Annual returns of the Patna Lunatic Asylum at Bankipore in Bihar and Orissa - 1912-1924
Year: 1912
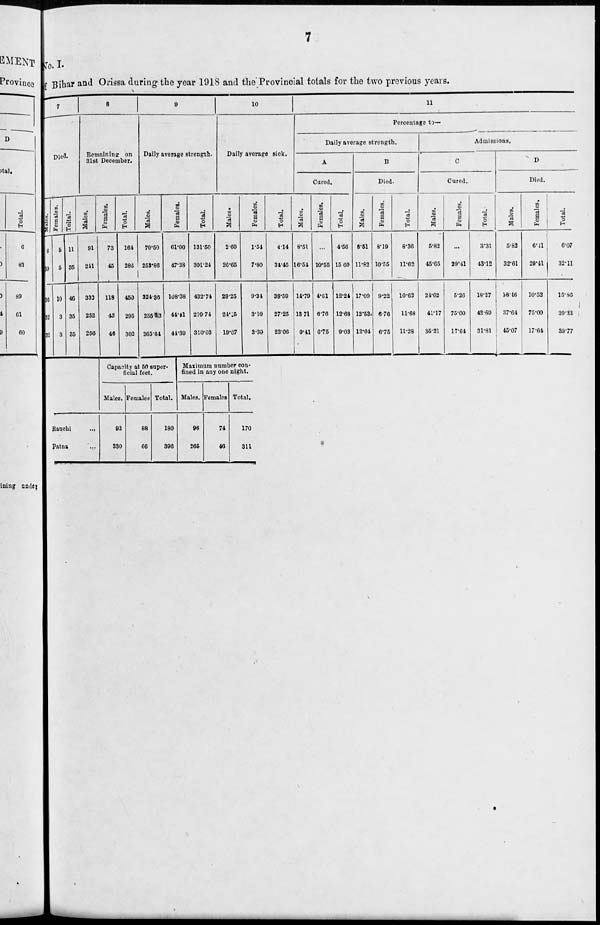
7
No. I.
of Bihar and Orissa during the year 1918 and the Provincial totals for the two previous years.
7
Died.
Males.
6
30
36
32
32
Females.
5
5
10
3
3
Total.
11
35
46
35
35
8
Remaining on
31st December.
Males.
91
241
332
252
256
Females.
73
45
118
43
46
Total.
164
286
450
295
302
9
Daily average strength.
Males.
70.50
253.86
324.86
255.33
265.64
Females.
61.00
47.38
108.38
44.41
44.39
Total.
131.50
301.24
432.74
299.74
310.03
10
Daily average sick.
Males.
2.60
26.65
29.25
24.15
19.07
Females.
1.54
7.80
9.34
3.10
3.39
Total.
4.14
34.45
38.59
27.25
23.06
11
Percentage to—
Daily average strength.
A
Cured.
Males.
8.51
16.54
14.79
13.71
9.41
Females.
...
10.55
4.61
6.76
6.75
Total.
4.56
15.60
12.24
12.68
9.03
B
Died.
Males.
8.51
11.82
17.09
12.53
12.04
Females.
8.19
10.55
9.22
6.76
6.75
Total.
8.36
11.62
10.62
11.68
11.28
Admissions.
C
Cured.
Males.
5.82
45.65
24.62
41.17
35.21
Females.
...
20.41
5.26
75.00
17.64
Total.
3.31
43.12
18.27
42.69
31.81
D
Died.
Males.
5.82
32.61
18.46
37.64
45.07
Females.
6.11
29.41
10.52
75.00
17.64
Total.
6.07
32.11
15.86
39.33
39.77
Ranchi
...
Patna ...
Capacity at 50 super-
ficial feet.
Males.
92
330
Females.
88
66
Total.
180
396
Maximum number con-
fined in any one night.
Males.
96
265
Females.
74
46
Total.
170
311